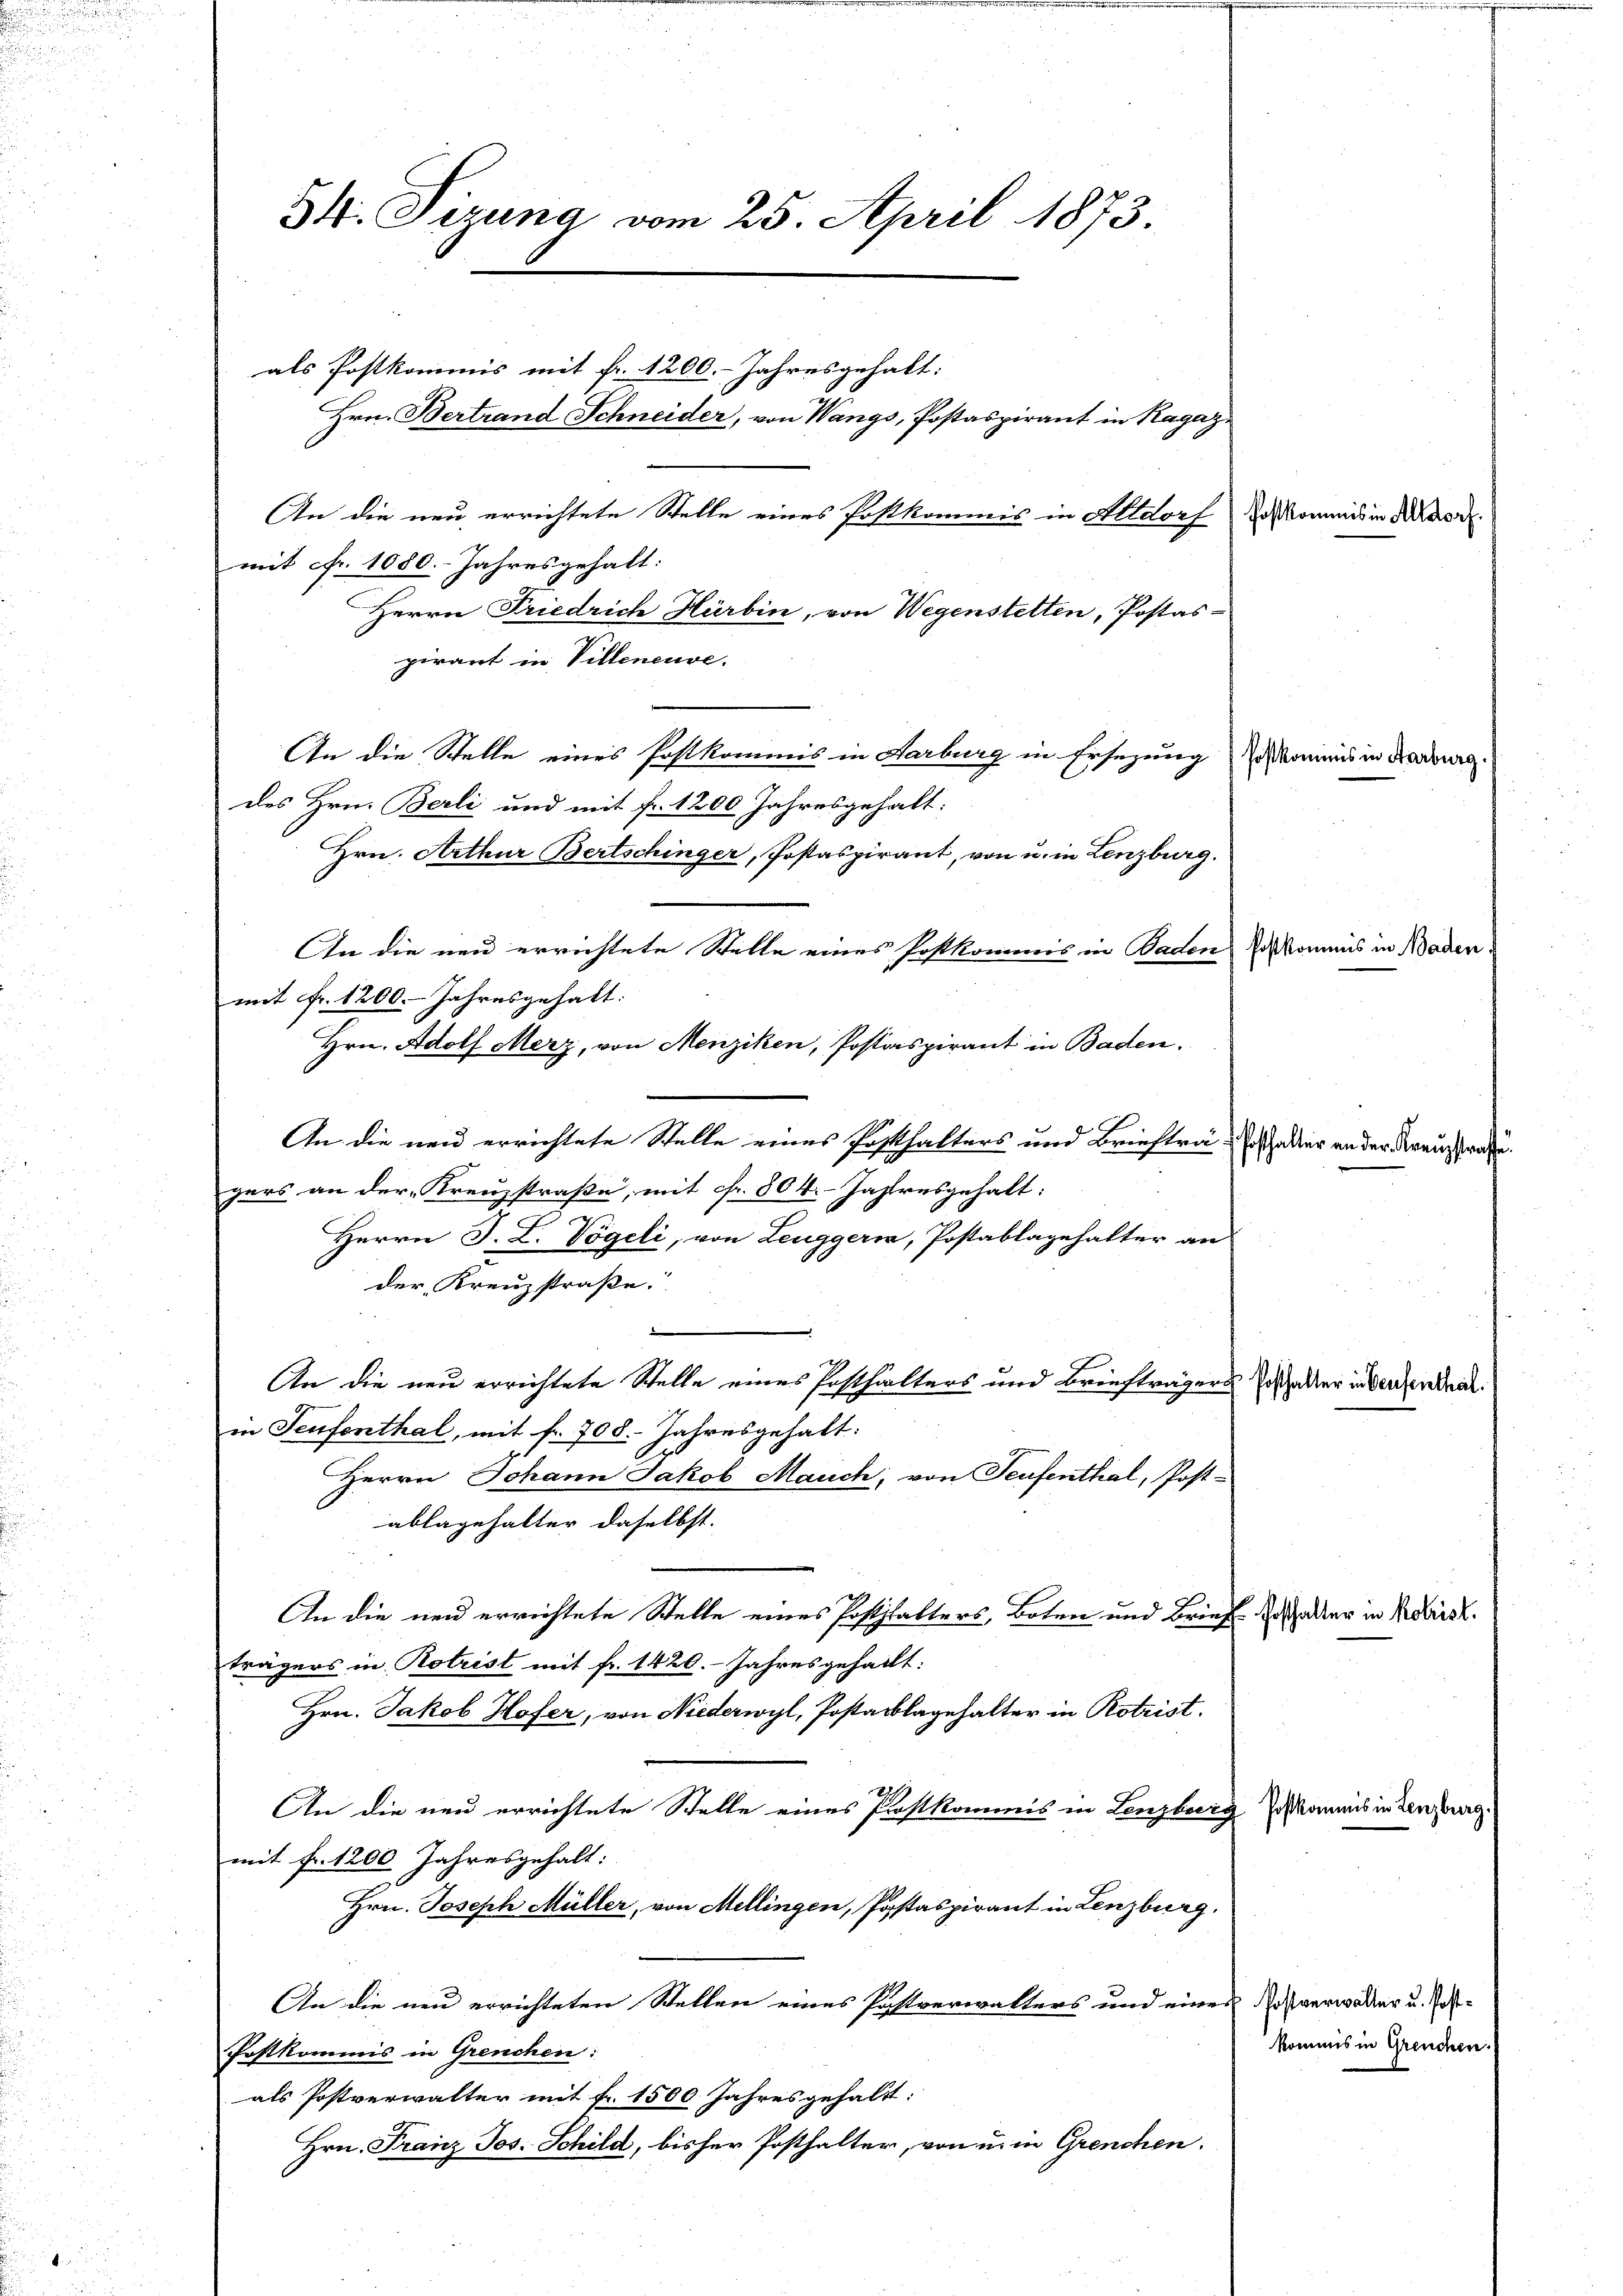
54. Sizung vom 25. April 1873

als Postkommis mit fr. 1200. Jahresgehalt:
Hrn. Bertrand Schneider, von Wangs, Postaspirant in Ragaz

mit fr. 1080. Jahresgehalt:
pirant in Villeneuve.
des Hrn. Berli und mit fr. 1200 Jahresgehalt:
mit Fr. 1200. Jahresgehalt:
Hrn. Adolf Merz, von Menziken, Postaspirant in Baden.
An die neu errichtete Stelle eines Posthalters und Briefträch aber an der Kraussere
gers an der „Kreuzstraße, mit Fr. 804. Jahresgehalt:
Herrn J. L. Vögeli, von Leuggeri, Postablagehalter ans
der Kreuzstraße.
An die neu errichtete Stelle eines Posthalters und Briefträgers oder in dersender
in Teufenthal, mit fr. 708. Jahresgehalt:
Herrn Johann Jakob Mauch, von Teufenthal, Post-
ablagehalter daselbst.
An die neu errichtete Stelle eines Posthalters, Boten und Brief Rosthalter in Koirs.
trägers in Rotrist mit fr. 1420. Jahresgehallt:
Hrn. Jakob Hofer, von Niederwyl, Postarklagehalter in Rotrist.
An die neu errichtete Stelle eines Postkommis in Lenzburg
mit fr. 1200 Jahresgehalt:
Hrn. Joseph Müller, von Mellingen, Pastaspirant in Lenzburg.
An die neu errichteten Stellen eines Postverwalters und eines Postverwalter u. Post¬
Postkommis in Grenchen:
als Postverwalter mit fr. 1500. Jahresgehalt:
Hrn. Franz Jos. Schild, bisher Posthalter, von u. in Grenchen.

An die neu errichtete Stelle eines Postkommis in Altdorf so kommis in Kasi
Herrn Friedrich Härbin, von Wegenstetten, Postas-
An die Stelle eines Postkommis in Aarburg in Ersezung annis in d
Hrn. Arthur Bertschinger, Postaspirant, von u. in Lenzburg.
Postkommis in Baden
An die neu errichtete Stelle eines Postkommis in Baden

Poskommis in Lenzbe

kommis in Greuchen